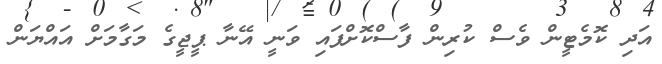
އަދި ކޮމެޓީން ވެސް ކުރިން ފާސްކޮށްފައި ވަނީ އޭނާ ޕީޖީގެ މަގާމަށް އައްޔަން